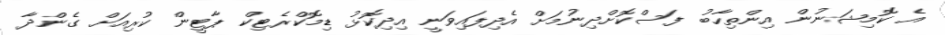
އެ ކޮމިޝަނުން އިންތިހާބު ފަސްކޮށްދިނުމަށް އެދިފައިވަނީ އިދިކޮޅު ޑިމޮކްރެޓިކް ޕާޓީން ކުރިއަށް ގެންދާ